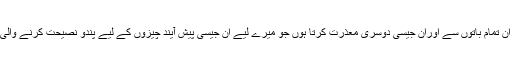
میں ان تمام باتوں سے اوران جیسی دوسری معذرت کرتا ہوں جو میرے لیے ان جیسی پیش آیند چیزوں کے لیے پندو نصیحت کرنے والی ہو ۔